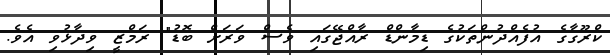
ކްރޫގާގެ އުފެއްދުންތަކުގެ ޑިމާންޑް ރާއްޖޭގައި ވެސް ވަރަށް ބޮޑު" ރަމްޒީ ވިދާޅުވި އެވެ.